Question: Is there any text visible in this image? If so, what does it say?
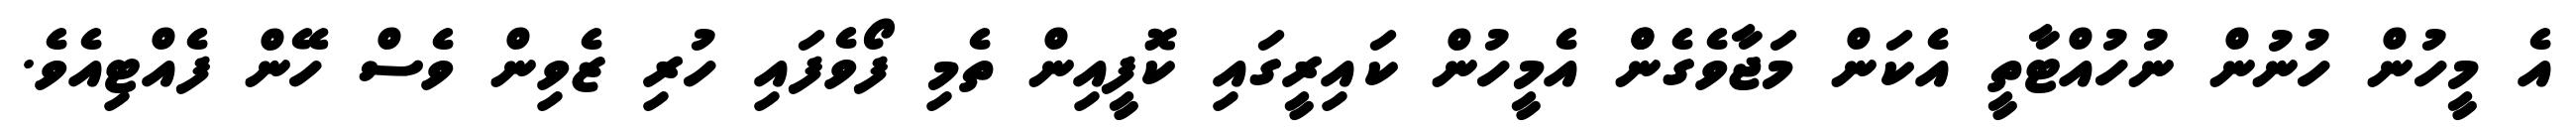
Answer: އެ މީހުން ހުނުން ނުހުއްޓާތީ އެކަން މަޖާވެގެންް އެމީހުން ކައިރީގައި ކޮފީއިން ތެމި ފޯވެފައި ހުރި ޒެވިން ވެސް ހޭން ފެއްޓިއެވެ.